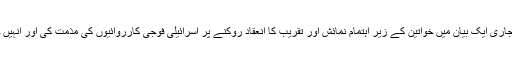
فرانسیسی وزارت خارجہ کی طرف سے جاری ایک بیان میں خواتین کے زیر اہتمام نمائش اور تقریب کا انعقاد روکنے پر اسرائیلی فوجی کارروائیوں کی مذمت کی اور انہیں خطرناک اور ناقابل قبول قرار دیا گیا ہے۔